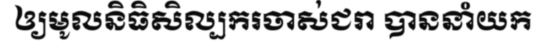
ឲ្យមូលនិធិសិល្បករចាស់ជរា បាននាំយក